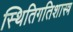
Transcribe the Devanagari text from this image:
स्थितिगतिशास्त्र